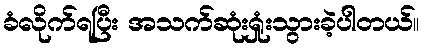
ခံလိုက်ရပြီး အသက်ဆုံးရှုံးသွားခဲ့ပါတယ်။